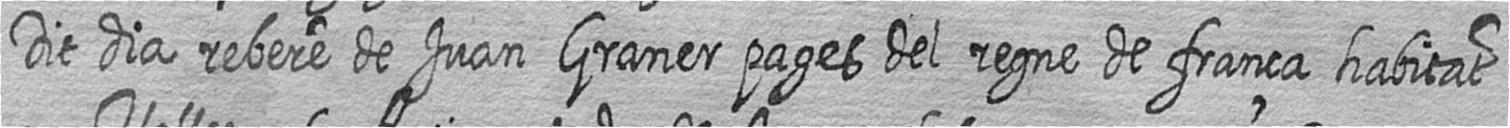
Dit dia rebere de Juan Graner pages del regne de frança habitat